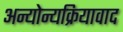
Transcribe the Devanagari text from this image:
अन्योन्यक्रियावाद